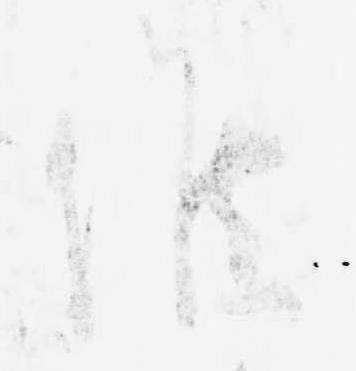
候